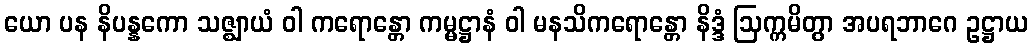
ယော ပန နိပန္နကော သဇ္ဈာယံ ဝါ ကရောန္တော ကမ္မဋ္ဌာနံ ဝါ မနသိကရောန္တော နိဒ္ဒံ ဩက္ကမိတွာ အပရဘာဂေ ဥဋ္ဌာယ